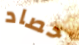
حصاد